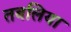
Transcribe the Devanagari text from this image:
तबलिया